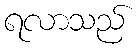
ရလာသည်